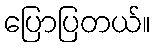
ပြောပြတယ်။